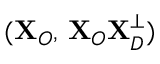
( \mathbf { X } _ { O } , \, \mathbf { X } _ { O } \mathbf { X } _ { D } ^ { \perp } )